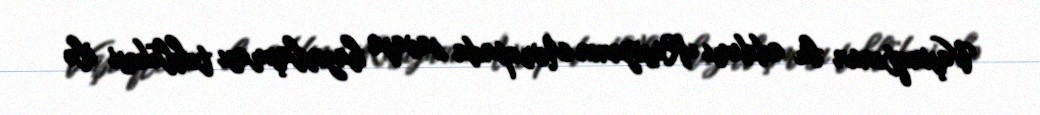
Vaşinqtonun bu addımı Rusiyanın Avropada savaşa hazırlaşması təhlükəsi ilə